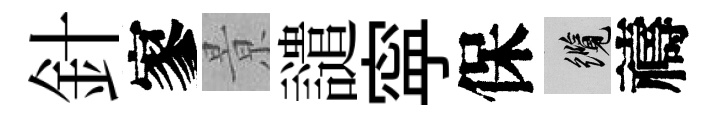
針寥㬌譴寜保纜禱